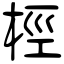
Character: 桱